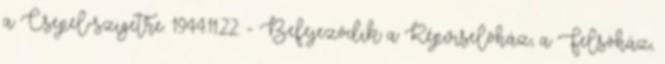
a Csepel-szigetre. 1944.11.22. - Befejezõdik a Képviselõház, a Felsõház,